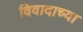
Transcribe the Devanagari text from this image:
विवादाच्या